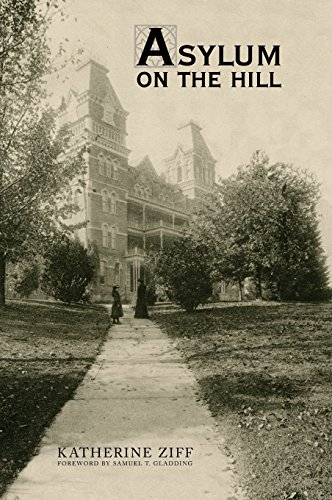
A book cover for Asylum on the Hill: History of a Healing Landscape; Katherine Ziff; Arts & Photography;